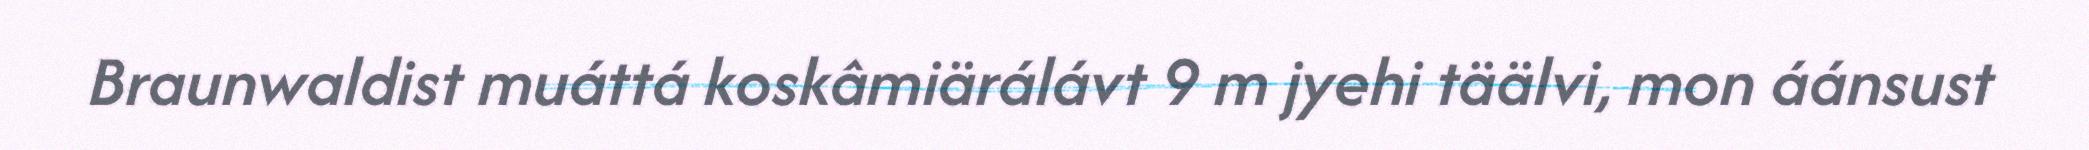
Braunwaldist muáttá koskâmiärálávt 9 m jyehi täälvi, mon áánsust